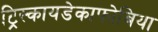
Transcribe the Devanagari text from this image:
ट्रिस्कायडेकाफोबिया